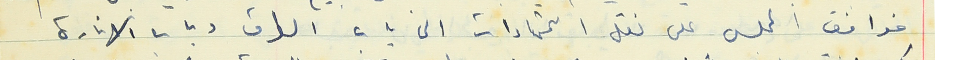
فوافق المجلس على نقل اعتمادات الى باب الطرق وباب الانارة